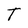
Character: T